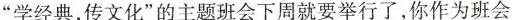
”学经典，传文化”的主题班会下周就要举行了，你作为班会